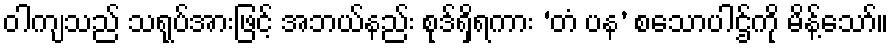
ဝါကျသည် သရုပ်အားဖြင့် အဘယ်နည်း စုဒ်ရှိရကား ‘တံ ပန’ စသောပါဌ်ကို မိန့်သော်။